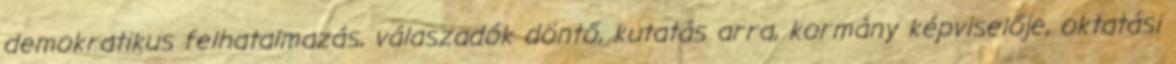
demokratikus felhatalmazás, válaszadók döntő, kutatás arra, kormány képviselője, oktatási